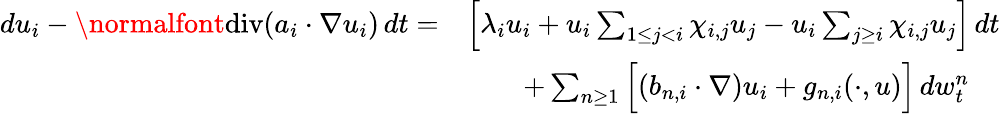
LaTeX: \begin{array}{rl}{du_{i}-\normalfont{\mathrm{div}}(a_{i}\cdot\nabla u_{i})\, dt=}&{\Big[\lambda_{i}u_{i}+u_{i}\sum_{1\leq j<i}\chi_{i,j}u_{j}-u_{i}\sum_{j\geq i}\chi_{i,j}u_{j}\Big]\, dt}\\ &{\qquad+\sum_{n\geq 1}\Big[(b_{n,i}\cdot\nabla)u_{i}+g_{n,i}(\cdot,u)\Big]\, dw_{t}^{n}}\end{array}